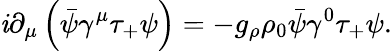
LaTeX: \mathit{i}\partial_{\mu}\left(\bar{{\psi}}\gamma^{\mu}\tau_{+}\psi\right)=-g_{\rho}\rho_{0}\bar{{\psi}}\gamma^{0}\tau_{+}\psi.